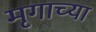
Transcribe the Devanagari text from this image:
मृगाच्या